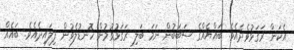
އެކަން ރަގަޅުވެދެއެވެ. ބައްޔެއްގެ ސަބަބުން ނަމަ ބަލި ރަގަޅުވުމުން ހޮނޑުލެވުން ފިލައިދެއެވެ. ބައެއް